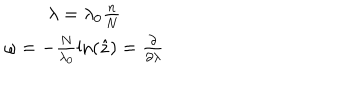
\begin{matrix} { { \lambda = \lambda _ { 0 } \frac { n } { N } } } \\ { { \omega = - \frac { N } { \lambda _ { 0 } } \ln ( \hat { z } ) = \frac { \partial } { \partial \lambda } } } \\ \end{matrix}